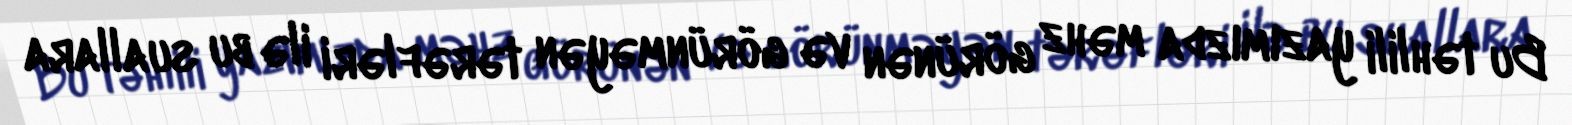
Bu təhlili yazımızda məhz görünən və görünməyən tərəfləri ilə bu suallara